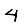
Digit: 4